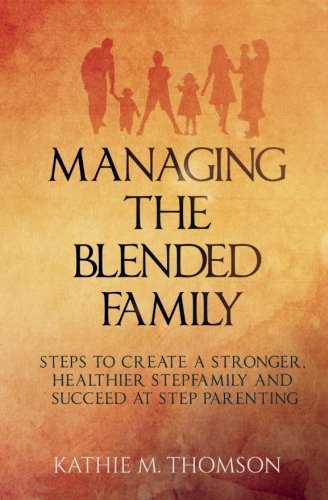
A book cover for Managing the Blended Family: Steps to Create a Stronger, Healthier Stepfamily and Succeed at Step Parenting; Kathie M. Thomson; Parenting & Relationships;